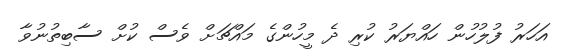
އަހަރު ފުލުހުން ހައްޔަރު ކުރި ދެ މީހުންގެ މައްޗަށް ވެސް ކުށް ސާބިތުނުވާ